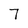
Character: 7